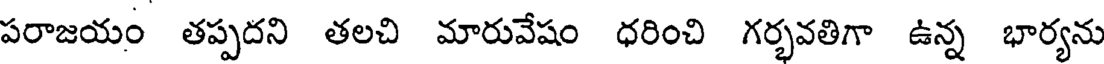
పరాజయం తప్పదని తలచి మారువేషం ధరించి గర్భవతిగా ఉన్న భార్యను